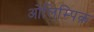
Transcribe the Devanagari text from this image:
ओलिम्पिक़